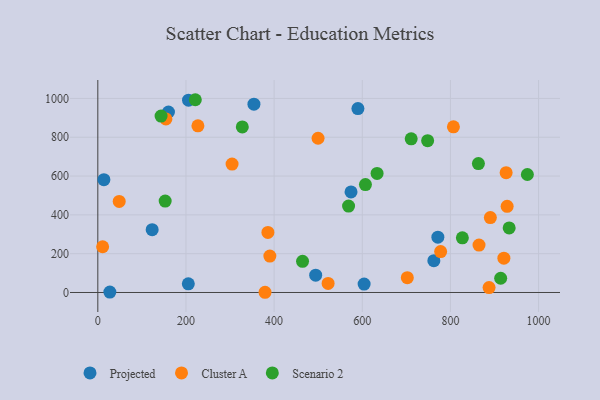
{"axis": {"x": "Investment", "y": "Rating"}, "legend": ["Cluster A", "Projected", "Scenario 2"], "data": [{"x": "27.3", "y": 2.1, "type": "Projected"}, {"x": "205.8", "y": 991.1, "type": "Projected"}, {"x": "205.3", "y": 44.5, "type": "Projected"}, {"x": "13.8", "y": 581.5, "type": "Projected"}, {"x": "762.4", "y": 164.0, "type": "Projected"}, {"x": "604.2", "y": 43.1, "type": "Projected"}, {"x": "354.2", "y": 970.4, "type": "Projected"}, {"x": "574.5", "y": 518.0, "type": "Projected"}, {"x": "160.3", "y": 930.1, "type": "Projected"}, {"x": "771.5", "y": 284.8, "type": "Projected"}, {"x": "494.3", "y": 89.3, "type": "Projected"}, {"x": "590.1", "y": 947.6, "type": "Projected"}, {"x": "123.3", "y": 323.8, "type": "Projected"}, {"x": "928.7", "y": 444.2, "type": "Cluster A"}, {"x": "522.5", "y": 46.5, "type": "Cluster A"}, {"x": "499.7", "y": 794.8, "type": "Cluster A"}, {"x": "385.9", "y": 309.5, "type": "Cluster A"}, {"x": "777.8", "y": 210.7, "type": "Cluster A"}, {"x": "926.4", "y": 617.4, "type": "Cluster A"}, {"x": "890.6", "y": 386.0, "type": "Cluster A"}, {"x": "304.6", "y": 661.7, "type": "Cluster A"}, {"x": "154.5", "y": 894.6, "type": "Cluster A"}, {"x": "806.8", "y": 853.5, "type": "Cluster A"}, {"x": "379.4", "y": 1.1, "type": "Cluster A"}, {"x": "864.9", "y": 244.3, "type": "Cluster A"}, {"x": "887.7", "y": 25.1, "type": "Cluster A"}, {"x": "702.2", "y": 76.4, "type": "Cluster A"}, {"x": "48.5", "y": 469.2, "type": "Cluster A"}, {"x": "390.3", "y": 187.5, "type": "Cluster A"}, {"x": "227.1", "y": 858.6, "type": "Cluster A"}, {"x": "921.3", "y": 176.7, "type": "Cluster A"}, {"x": "10.9", "y": 235.6, "type": "Cluster A"}, {"x": "827.1", "y": 281.5, "type": "Scenario 2"}, {"x": "914.0", "y": 73.4, "type": "Scenario 2"}, {"x": "974.6", "y": 607.9, "type": "Scenario 2"}, {"x": "152.8", "y": 471.3, "type": "Scenario 2"}, {"x": "568.9", "y": 445.2, "type": "Scenario 2"}, {"x": "748.3", "y": 782.2, "type": "Scenario 2"}, {"x": "143.5", "y": 909.3, "type": "Scenario 2"}, {"x": "327.8", "y": 852.9, "type": "Scenario 2"}, {"x": "633.6", "y": 613.6, "type": "Scenario 2"}, {"x": "933.3", "y": 332.6, "type": "Scenario 2"}, {"x": "221.2", "y": 993.3, "type": "Scenario 2"}, {"x": "711.0", "y": 791.8, "type": "Scenario 2"}, {"x": "863.5", "y": 664.5, "type": "Scenario 2"}, {"x": "607.2", "y": 555.9, "type": "Scenario 2"}, {"x": "464.5", "y": 160.7, "type": "Scenario 2"}]}